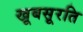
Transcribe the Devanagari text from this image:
खूबसूरति